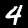
Label: 4